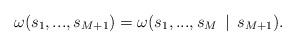
LaTeX: \begin{align*} \omega(s_1, ... , s_{M+1}) = \omega(s_1, ... , s_M \, \mid \, s_{M+1}).\end{align*}